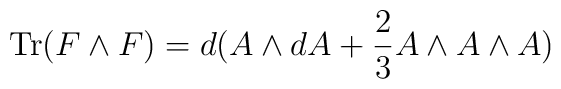
{\rm Tr}(F\wedge F) = d (A\wedge dA + {2\over 3} A\wedge A\wedge A)